Report on vaccination in Madras 1904-1921 - 1904-1921
Year: 1904
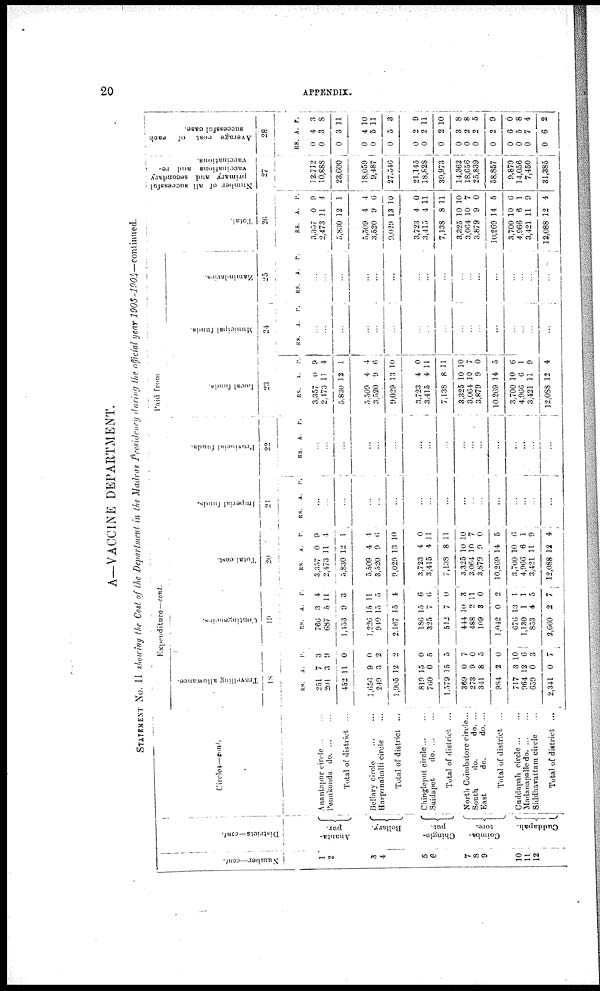
20
APPENDIX.
A—VACCINE DEPARTMENT.
STATEMENT No. II showing the Cost of the Department in the Madras Presidency during the official year 1903-1904—continued.
Number—cont
1
2
3
4
5
6
7
8
9
10
11
12
Districts—cont.
Ananta¬
pur.
Bellary.
Chingle-
put.
Coimba-
tore.
Cuddapah.
Circles—cont.
Anantapur circle ... ...
Penukonda do ... ...
Total of district ...
Bellary circle ... ...
Harpanahalli circle ...
Total of district ...
Chingleput circle ... ...
Saidapet
do. ... ...
Total of district ... ...
North Combatore circle...
South
do.
do. ...
East
do.
do. ...
Total of district ...
Cuddapah circle ... ...
Madanapalle d
o
. ... ...
Siddharattam circle ...
Total of district ...
Expenditure—cont.
Travelling allowance.
18
RS.
251
201
452
1,656
249
1,905
819
760
1,579
369
273
341
984
717
964
659
2,341
A.
7
3
11
9
3
12
15
0
15
0
9
8
2
3
12
0
0
P.
3
9
0
0
2
2
0
5
5
7
0
5
0
10
6
3
7
Contingencies.
19
R.S.
760
687
1,453
1,220
940
2,167
186
325
512
444
488
109
] .042
676
1,130
853
2,660
A.
3
5
9
15
15
15
15
7
7
10
2
3
0
13
1
4
2
P.
4
11
3
11
5
4
6
6
0
3
11
0
2
1
1
5
7
Total cost.
20
RS.
3,357
2,473
5,830
5,509
3,520
9,029
3,723
3,415
7,138
3,325
3,064
3,879
10,269
3,700
4,966
3,421
12,088
A.
0
11
12
4
9
13
4
4
8
10
10
9
14
10
6
11
12
P.
9
4
1
4
0
10
0
11
11
10
7
0
5
6
1
9
4
Paid from
Imperial funds.
21
RS.
A.
P.
...
...
...
...
...
...
...
...
...
...
...
...
...
...
...
...
...
Provincial funds.
22
RS.
A.
P.
...
...
...
...
...
...
...
...
...
...
...
...
...
...
...
...
...
Local funds.
23
RS.
3,357
2,473
5,830
5,509
3,520
9,029
3,723
3,415
7,138
3,325
3,064
3,879
10,269
3,700
4,966
3,421
12,088
A.
0
11
12
4
9
13
4
4
8
10
10
9
14
10
6
11
12
P.
9
4
1
4
6
10
0
11
11
10
7
0
5
6
1
9
4
Municipal funds.
24
RS.
A.
P.
...
...
...
...
...
...
...
...
...
...
...
...
...
...
...
...
...
Zamindaries.
25
RS.
A.
P.
...
...
...
...
...
...
...
...
...
...
...
...
...
...
...
...
...
Total.
26
RS.
3,357
2,473
5,830
5,509
3,520
9,029
3,723
3,415
7,138
3,325
3,064
3,879
10,269
3,700
4,966
3,421
12,088
A.
0
11
12
4
9
13
4
4
8
10
10
9
14
10
6
11
12
P.
9
4
1
4
6
10
0
11
11
10
7
0
5
6
1
9
4
Number of all successful
primary and secondary
vaccinations and re¬
vaccinations.
27
12,712
10,888
23,600
18,059
9,487
27,546
21,145
18,828
39,973
14,362
18,656
25,839
58,857
9,879
14,056
7,450
31,385
Average cost of each
successful case.
28
RS.
0
0
0
0
0
0
0
0
0
0
0
0
0
0
0
0
0
A.
4
3
3
4
5
5
2
2
2
3
2
2
2
6
5
7
6
P.
3
8
11
10
11
3
9
11
10
8
8
5
9
0
8
4
2